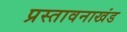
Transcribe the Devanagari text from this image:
प्रस्तावनाखंड